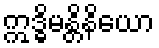
ဣဒ္ဓိမန္တိနိယော